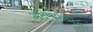
એમઆઇએસ